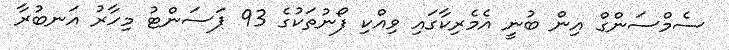
ސެމްސަންގް އިން ބުނީ އެމެރިކާގައި ވިއްކި ފޯނުތަކުގެ 93 ޕަސަންޓު މިހާރު އަނބުރާ